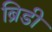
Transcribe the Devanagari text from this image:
ब्रिडी